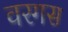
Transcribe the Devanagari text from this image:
वरगस